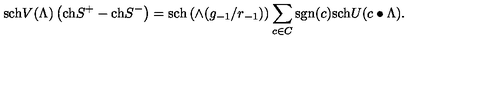
\mathrm { s c h } V ( \Lambda ) \left( \mathrm { c h } S ^ { + } - \mathrm { c h } S ^ { - } \right) = \mathrm { s c h } \left( \wedge ( g _ { - 1 } / r _ { - 1 } ) \right) \sum _ { c \in C } \mathrm { s g n } ( c ) \mathrm { s c h } U ( c \bullet \Lambda ) .